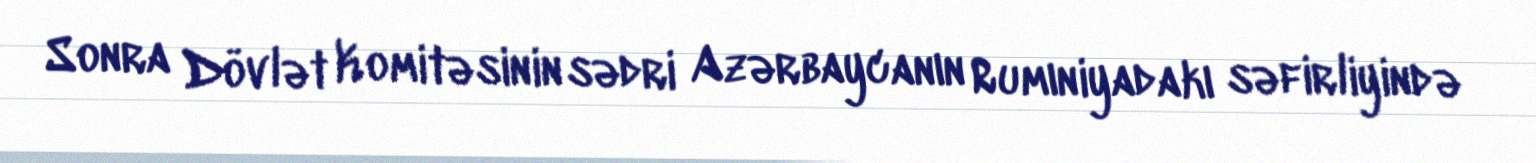
Sonra Dövlət Komitəsinin sədri Azərbaycanın Rumıniyadakı səfirliyində